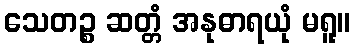
သေတဉ္စ ဆတ္တံ အနုဓာရယုံ မရူ။